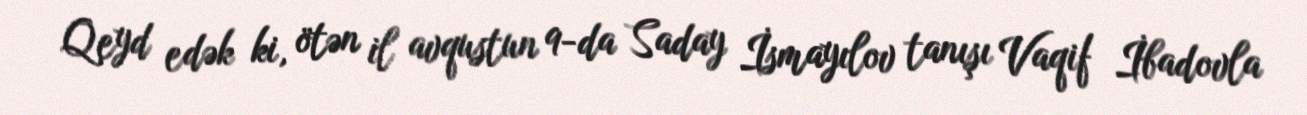
Qeyd edək ki, ötən il avqustun 9-da Saday İsmayılov tanışı Vaqif İbadovla